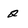
Character: 2